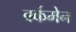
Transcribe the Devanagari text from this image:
वर्कमेन